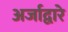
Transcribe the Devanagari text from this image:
अर्जाद्वारे